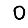
Digit: 0